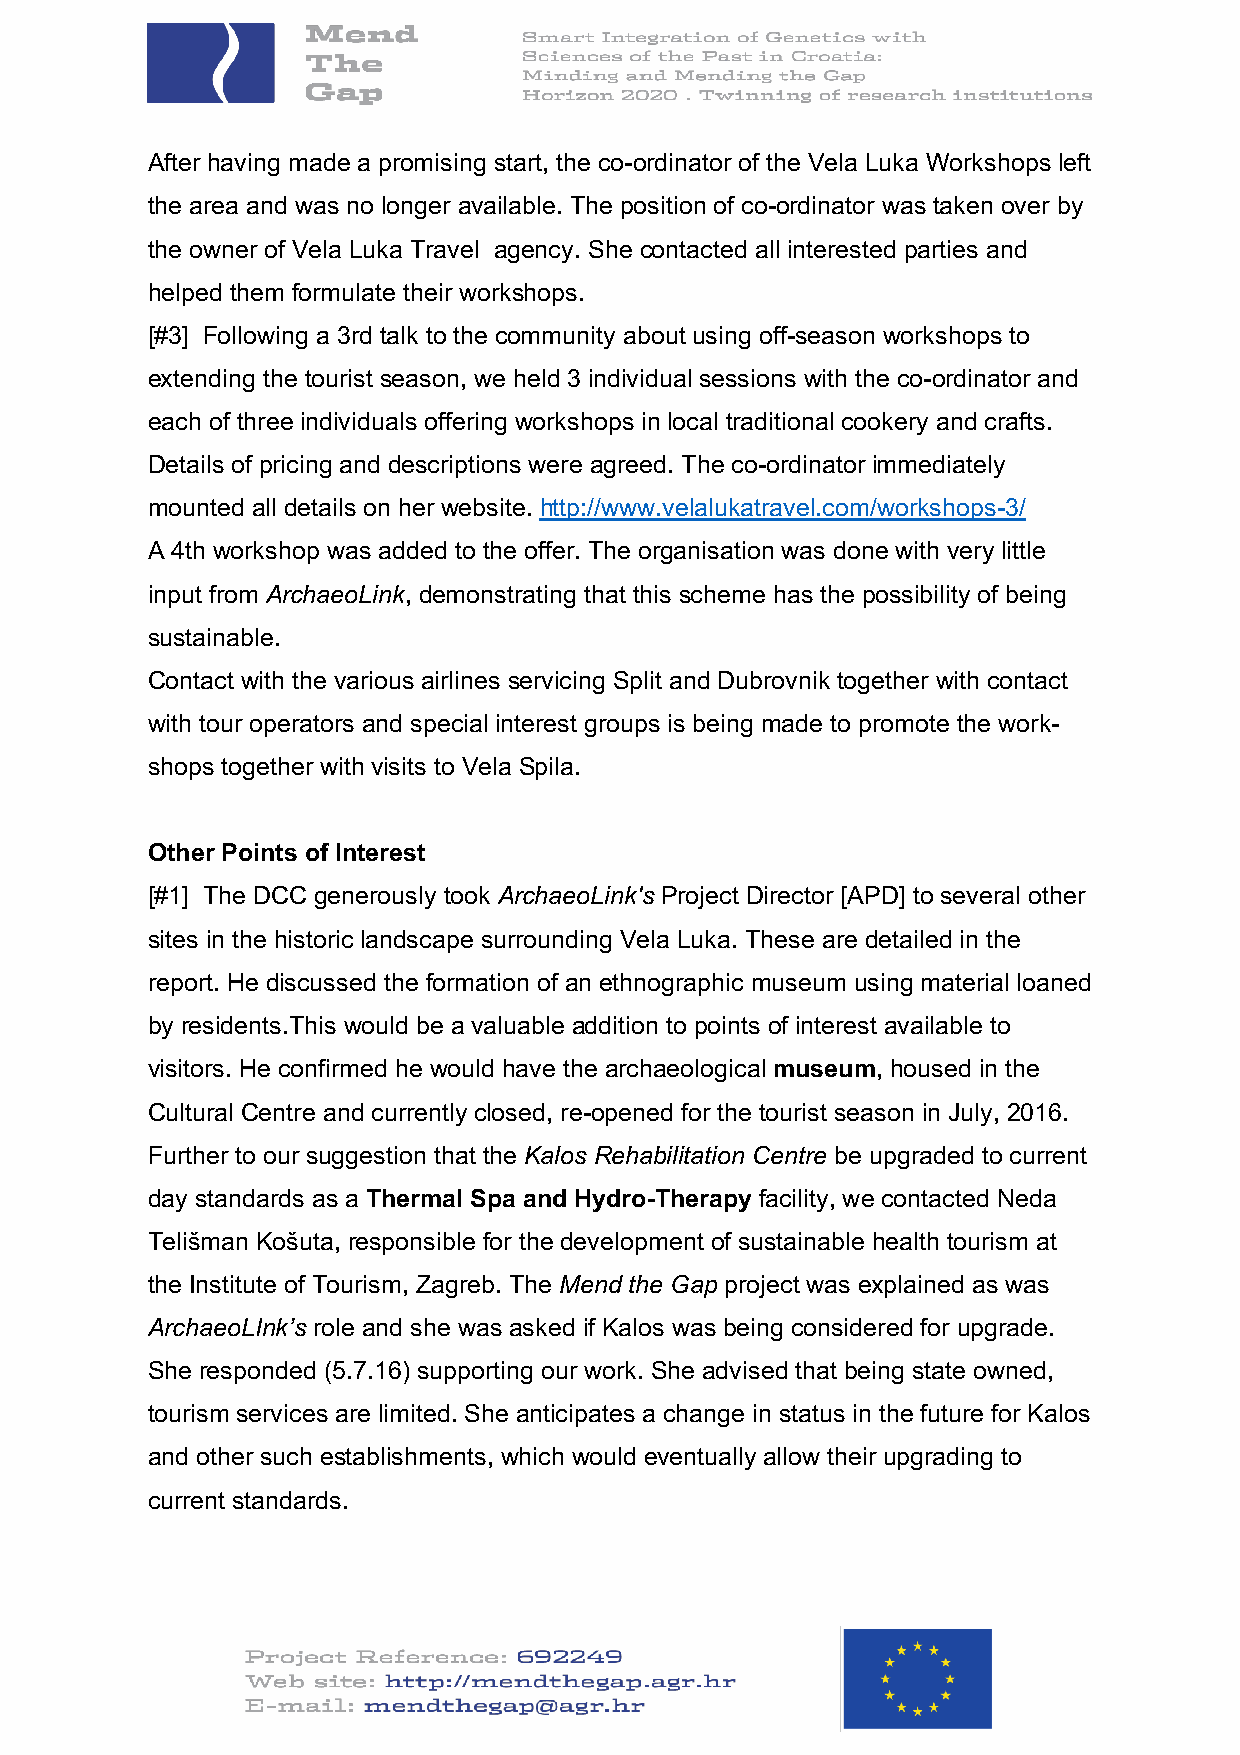
After having made a promising start, the co-ordinator of the Vela Luka Workshops left
 the area and was no longer available. The position of co-ordinator was taken over by
 the owner of Vela Luka Travel agency. She contacted all interested parties and
 helped them formulate their workshops.
 [#3] Following a 3rd talk to the community about using off-season workshops to
 extending the tourist season, we held 3 individual sessions with the co-ordinator and
 each of three individuals offering workshops in local traditional cookery and crafts.
 Details of pricing and descriptions were agreed. The co-ordinator immediately
 mounted all details on her website. http://www.velalukatravel.com/workshops-3/
 A 4th workshop was added to the offer. The organisation was done with very little
 input from ArchaeoLink, demonstrating that this scheme has the possibility of being
 sustainable.
 Contact with the various airlines servicing Split and Dubrovnik together with contact
 with tour operators and special interest groups is being made to promote the work-
 shops together with visits to Vela Spila.
 Other Points of Interest
 [#1] The DCC generously took ArchaeoLink's Project Director [APD] to several other
 sites in the historic landscape surrounding Vela Luka. These are detailed in the
 report. He discussed the formation of an ethnographic museum using material loaned
 by residents.This would be a valuable addition to points of interest available to
 visitors. He confirmed he would have the archaeological museum, housed in the
 Cultural Centre and currently closed, re-opened for the tourist season in July, 2016.
 Further to our suggestion that the Kalos Rehabilitation Centre be upgraded to current
 day standards as a Thermal Spa and Hydro-Therapy facility, we contacted Neda
 Telišman Košuta, responsible for the development of sustainable health tourism at
 the Institute of Tourism, Zagreb. The Mend the Gap project was explained as was
 ArchaeoLInk’s role and she was asked if Kalos was being considered for upgrade.
 She responded (5.7.16) supporting our work. She advised that being state owned,
 tourism services are limited. She anticipates a change in status in the future for Kalos
 and other such establishments, which would eventually allow their upgrading to
 current standards.